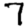
Digit: 7